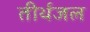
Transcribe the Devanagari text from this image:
तीर्थजल